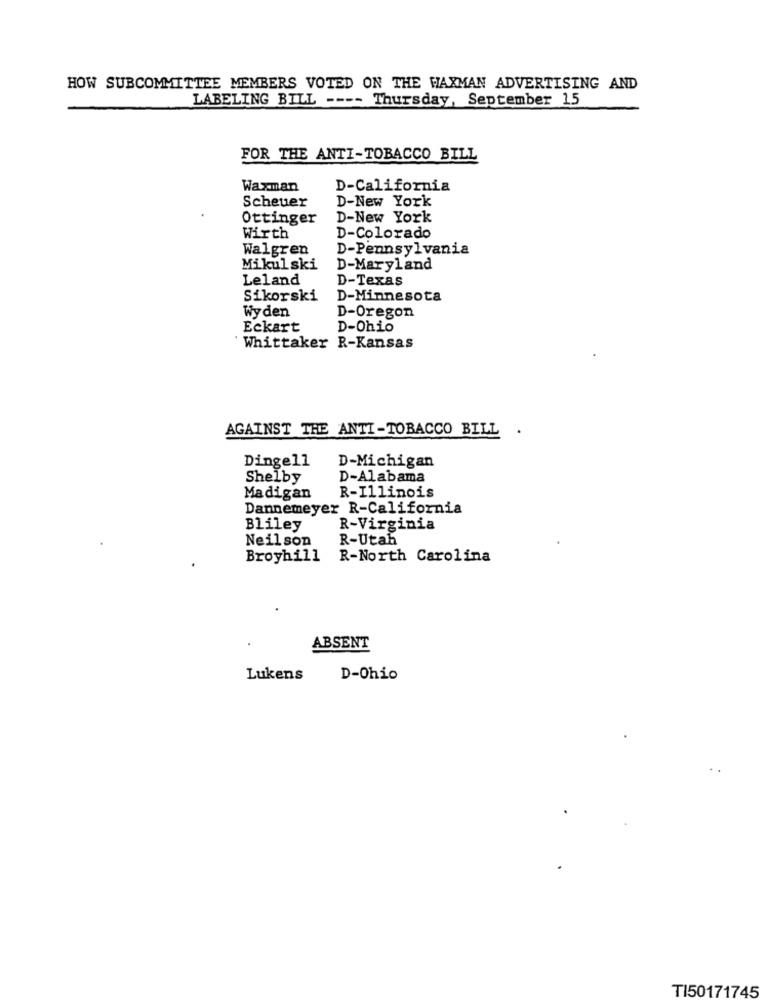
HOW SUBCOMMITTEE MEMBERS VOTED ON THE WAXMAN ADVERTISING AND
LABELING BILL ---- Thursday, September 15
FOR THE ANTI-TOBACCO BILL
Waxman
D-California
Scheuer
D-New York
Ottinger
D-New York
Wirth
D-Colorado
Walgren
D-Pennsylvania
Mikulski
D-Maryland
Leland
D-Texas
Sikorski
D-Minnesota
Wyden
D-Oregon
Eckart
D-Ohio
Whittaker R-Kansas
AGAINST THE ANTI-TOBACCO BILL
Dingell
D-Michigan
Shelby
D-Alabama
Madigan
R-Illinois
Dannemeyer R-California
Bliley
R-Virginia
Neilson
R-Utah
Broyhill
R-North Carolina
ABSENT
Lukens
D-Ohio
TI50171745